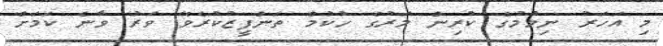
މި އަހަރު ނިމުމުގެ ކުރިން މަރުގެ ހުކުމް ތަންފީޒުކުރެވޭ ވަރު ވާނެ ކަމަށް